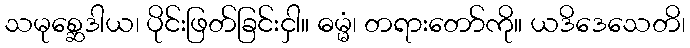
သမုစ္ဆေဒါယ၊ ပိုင်းဖြတ်ခြင်းငှါ။ ဓမ္မံ၊ တရားတော်ကို။ ယဒိဒေသေတိ၊